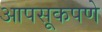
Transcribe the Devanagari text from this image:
आपसूकपणे